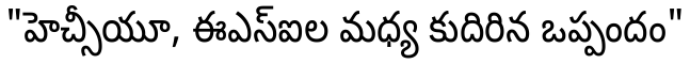
"హెచ్సీయూ, ఈఎస్ఐల మధ్య కుదిరిన ఒప్పందం"